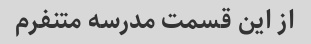
از این قسمت مدرسه متنفرم